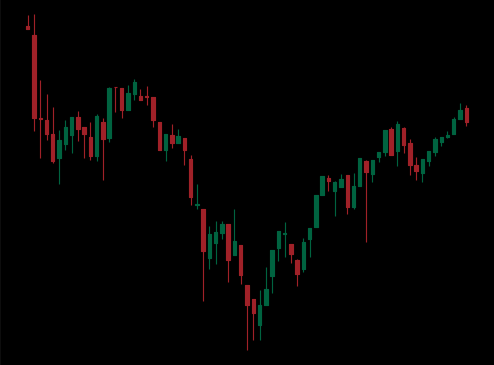
Pattern: inverse_head_shoulders